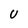
Character: U